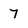
Character: 7